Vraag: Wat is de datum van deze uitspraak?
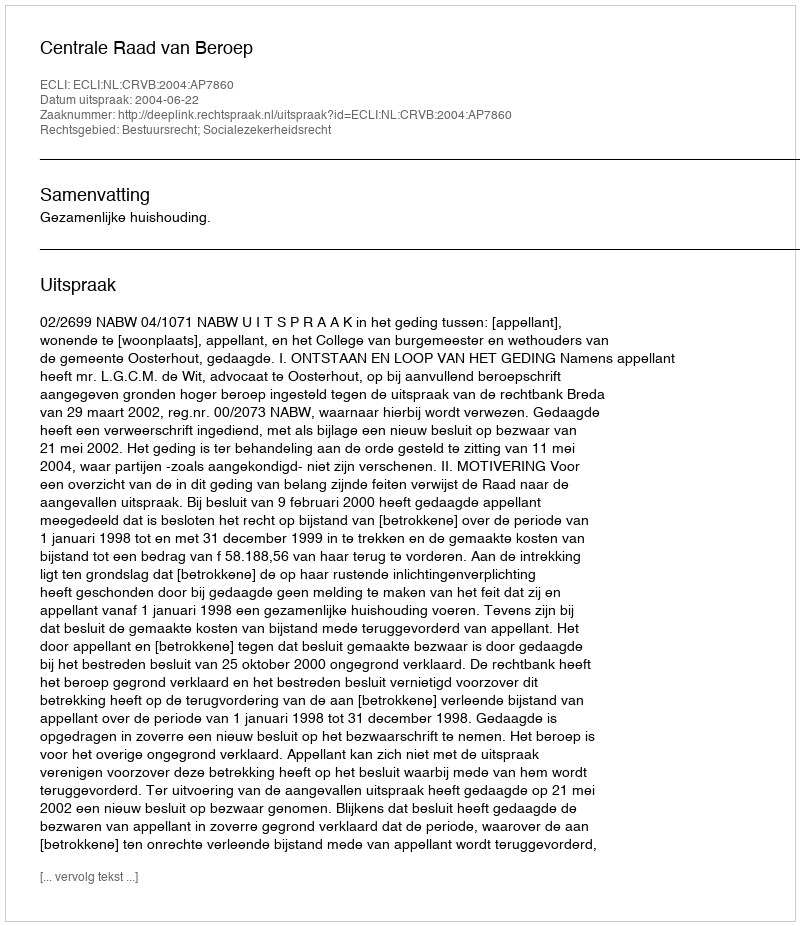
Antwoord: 2004-06-22